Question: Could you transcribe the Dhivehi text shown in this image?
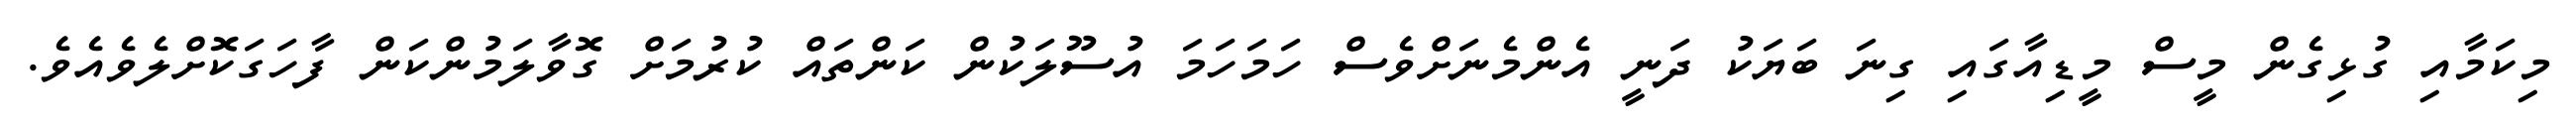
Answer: މިކަމާއި ގުޅިގެން މީސް މީޑިއާގައި ގިނަ ބަޔަކު ދަނީ އެންމެނަށްވެސް ހަމަހަމަ އުސޫލަކުން ކަންތައް ކުރުމަށް ގޮވާލަމުންކަން ފާހަގަކޮށްލެވެއެވެ.